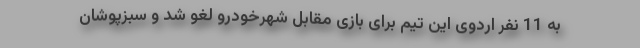
به 11 نفر اردوی این تیم برای بازی مقابل شهرخودرو لغو شد و سبزپوشان